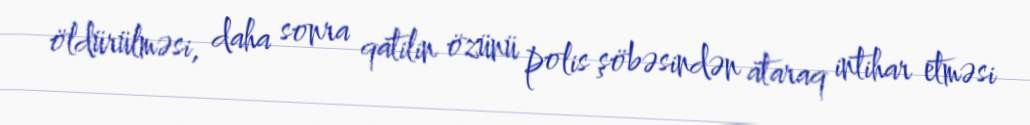
öldürülməsi, daha sonra qatilin özünü polis şöbəsindən ataraq intihar etməsi